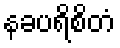
နခပရိစိတံ